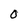
Character: O